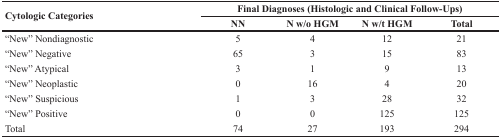
<table><thead><tr><td rowspan="2"><b>Cytologic Categories</b></td><td colspan="4"><b>Final Diagnoses (Histologic and Clinical Follow-Ups)</b></td></tr><tr><td><b>NN</b></td><td><b>N w/o HGM</b></td><td><b>N w/t HGM</b></td><td><b>Total</b></td></tr></thead><tbody><tr><td>“New” Nondiagnostic</td><td>5</td><td>4</td><td>12</td><td>21</td></tr><tr><td>“New” Negative</td><td>65</td><td>3</td><td>15</td><td>83</td></tr><tr><td>“New” Atypical</td><td>3</td><td>1</td><td>9</td><td>13</td></tr><tr><td>“New” Neoplastic</td><td>0</td><td>16</td><td>4</td><td>20</td></tr><tr><td>“New” Suspicious</td><td>1</td><td>3</td><td>28</td><td>32</td></tr><tr><td>“New” Positive</td><td>0</td><td>0</td><td>125</td><td>125</td></tr><tr><td>Total</td><td>74</td><td>27</td><td>193</td><td>294</td></tr></tbody></table>